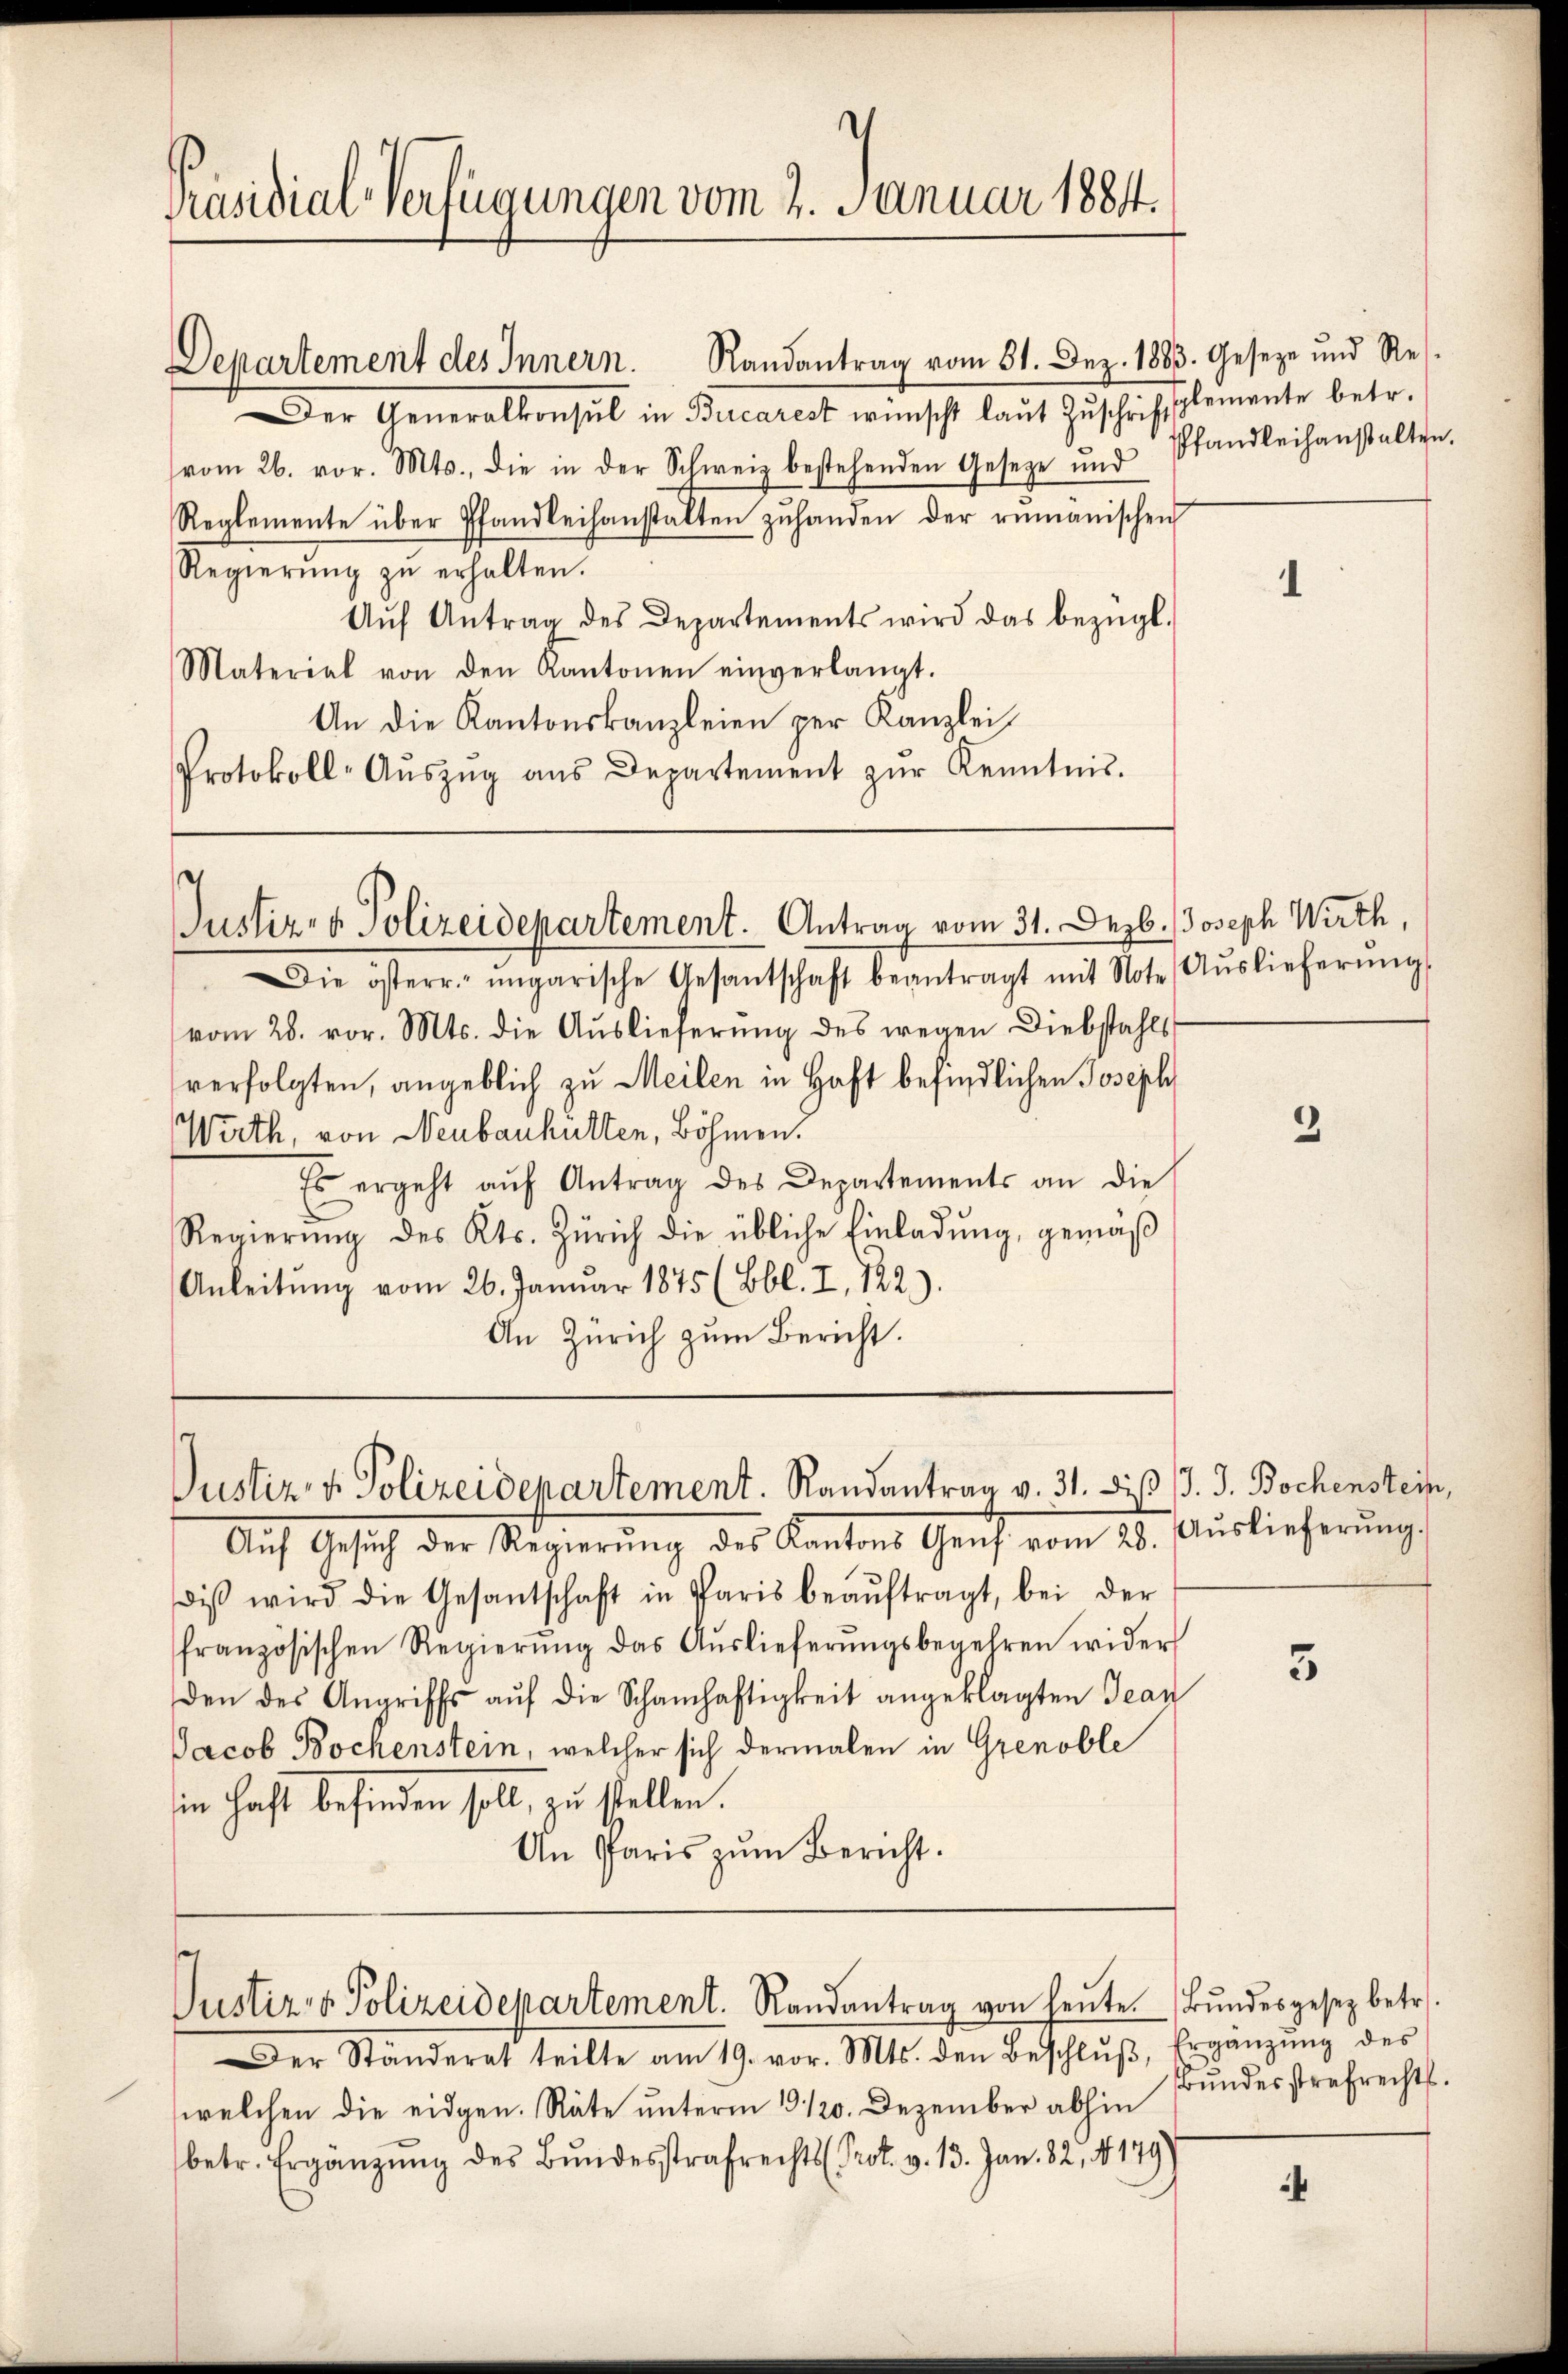
Präsidial-Verfügungen vom 2. Januar 1884.

Departement des Innern. Randantrag vom 31. Dez. 1883. Geseze und Res
Der Generalkonsul in Bucarest wünscht laut Zuschriftsplemente betr.
vom 26. vor. Mts., die in der Schweiz bestehenden Gesetze und Pfandleihanstalten.
Reglemente über Pfandleihanstalten zŭhanden der rumänischen
Regierŭng zŭ erhalten.
Aŭf Antrag des Departements wird das bezügl.
Material von den Kantonen einverlangt.
An die Kantonskanzleien per Kanzlei,
Protokoll-Aŭszŭg aŭs Departement zŭr Kenntnis.

Justiz- & Polizeidepartement. Antrag vom 31. Dezb. Joseph Wirth,

Die österr. ungarische Gesantschaft beantragt mit Note Aŭslieferŭng.
vom 28. vor. Mts. die Auslieferung des wegen Diebstahls
verfolgten, angeblich zu Meilen in Haft befindlichen Joseph
Wirth, von Neubauhütten, Böhmen.
Es ergeht aŭf Antrag des Departements an die
Regierung des Kts. Zürich die übliche Einladung, gemäß
Anleitŭng vom 26. Januar 1875 (Bbl. I, 122).
An Zürich zum Bericht.

Justiz- & Polizeidepartement. Randantrag v. 31. diß J. J. Bochenstein,

Justiz & Polizeidepartement. Randantrag von heute Bundesgesez betr.

Der Ständerat teilte am 19. vor. Mts. den Beschlŭβ, Ergänzŭng des
welchen die eidgen. Räte unterm 19. 120. Dezember abhin
betr. Ergänzŭng des Bŭndesstrafrechts Prot. v. 13. Jan. 82. 8179)

Aŭf Gesŭch der Regierŭng des Kantons Genf vom 28. Auslieferŭng.
diβ wird die Gesantschaft in Paris beaŭftragt, bei der
französischen Regierŭng das Aŭslieferŭngsbegehren wider
den des Angriffs aŭf die Schamhaftigkeit angeklagten Jean
Jacob Bochenstein, welcher sich dermalen in Grenoble
in Haft befinden soll, zu stellen.
An Paris zŭm Bericht.

2

5

Bundesstrafrechts.

¬